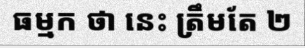
ធម្មក ថា នេះ ត្រឹមតែ ២